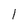
Character: 1